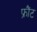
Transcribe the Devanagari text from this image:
फ्रौंट